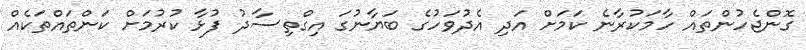
ގޮންޖެހުންތައް ހާމަކުރާނެ ކަމަށް އަދި އެދުވަހުގެ ބަޔާނުގަ އިގްތިސާދު ފުޅާ ކުރުމަށް ކަންތައްތަކެއް